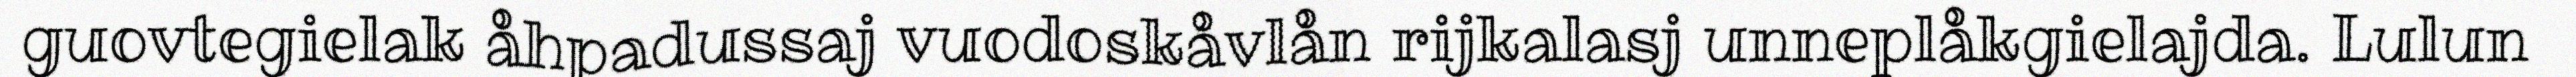
guovtegielak åhpadussaj vuodoskåvlån rijkalasj unneplåkgielajda. Lulun